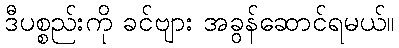
ဒီပစ္စည်းကို ခင်ဗျား အခွန်ဆောင်ရမယ်။